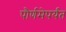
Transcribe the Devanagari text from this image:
पौर्णमेपर्यंत